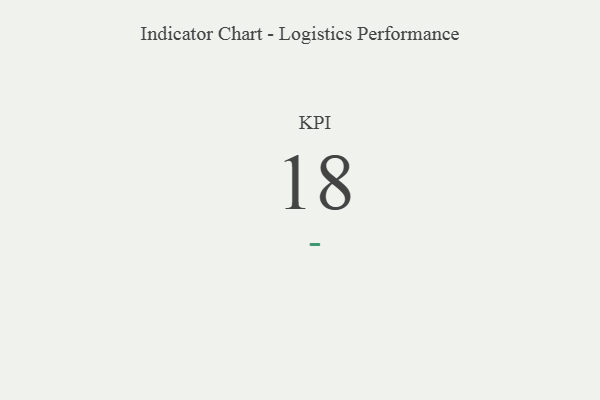
{"axis": {"x": "KPI", "y": "Value"}, "legend": [""], "data": [{"x": "KPI", "y": 18, "type": ""}]}